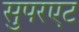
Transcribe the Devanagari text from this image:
सुपरएट